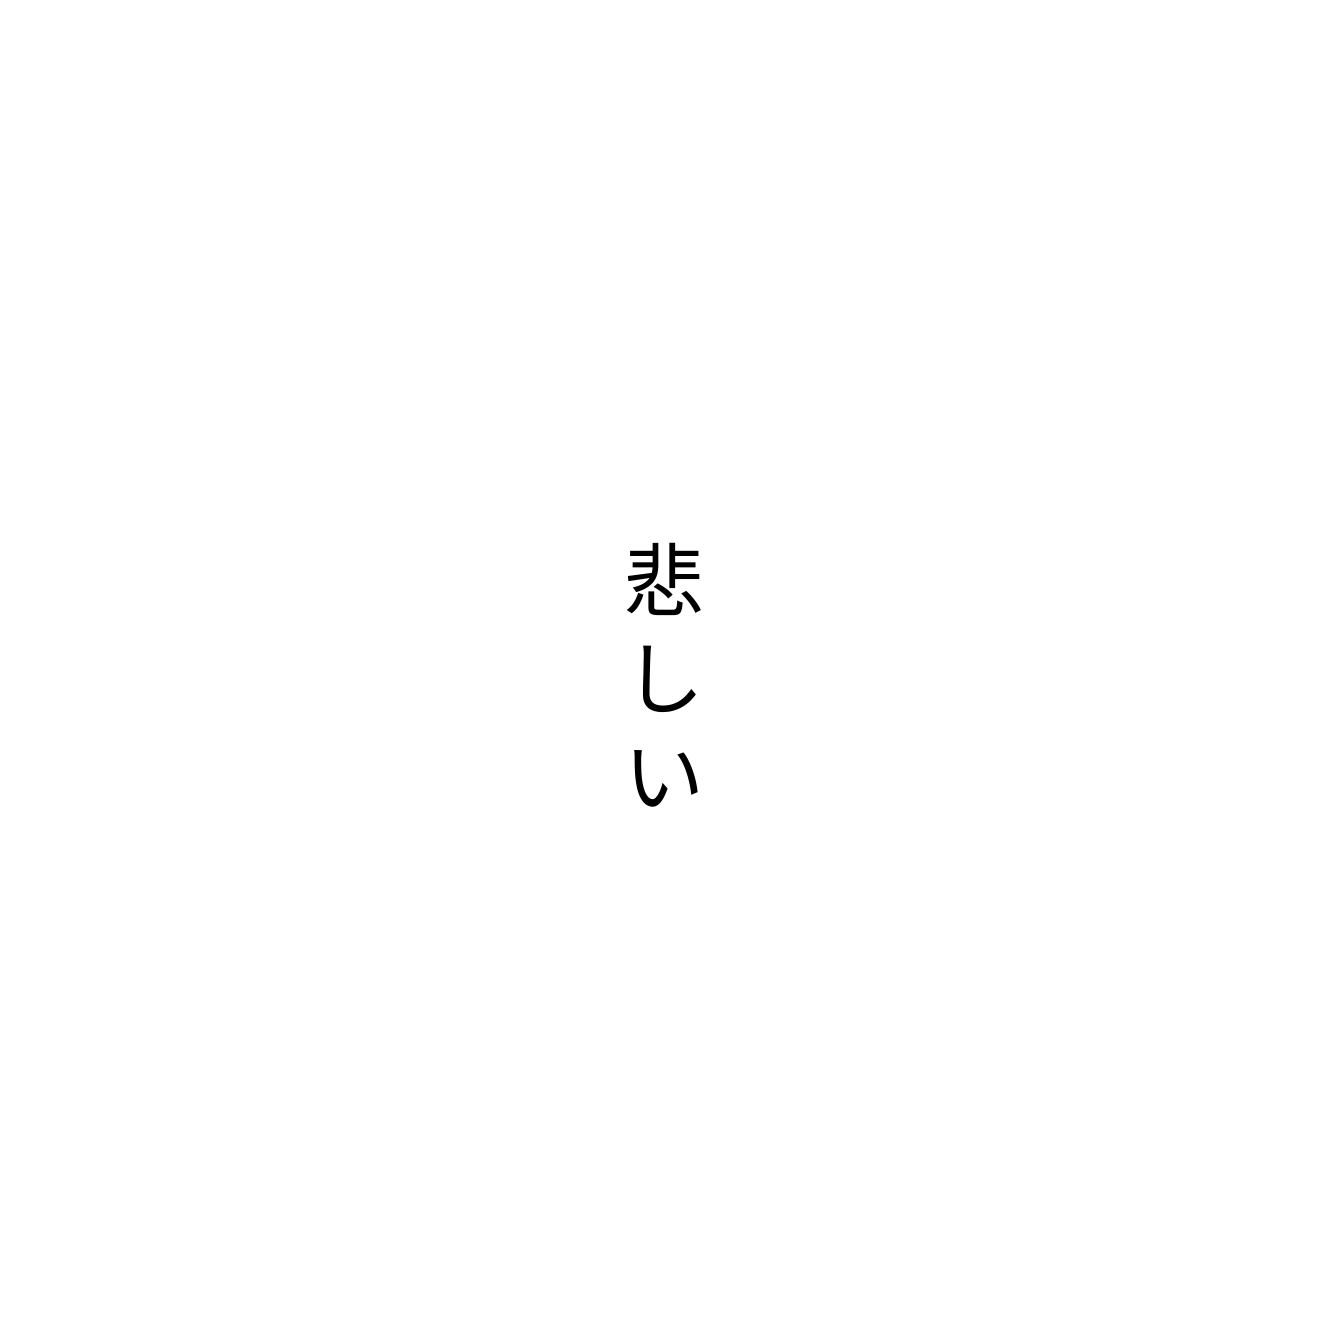
悲しい